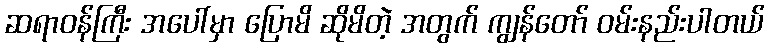
ဆရာဝန်ကြီး အပေါ်မှာ ပြောမိ ဆိုမိတဲ့ အတွက် ကျွန်တော် ဝမ်းနည်းပါတယ်